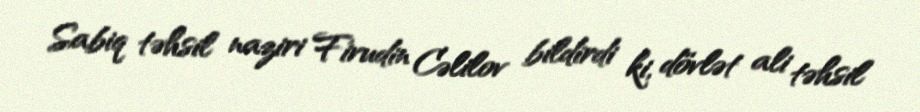
Sabiq təhsil naziri Firudin Cəlilov bildirdi ki, dövlət ali təhsil